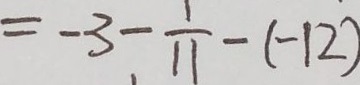
= - 3 - \frac { 1 } { 1 1 } - ( - 1 2 )